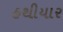
હથીયાર